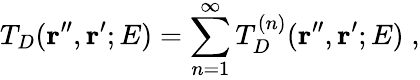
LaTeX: T_{D}({\mathbf r^{\prime\prime}},{\mathbf r^{\prime}};E)=\sum_{n=1}^{\infty}T_{D}^{(n)}({\mathbf r^{\prime\prime}},{\mathbf r^{\prime}};E)\; ,